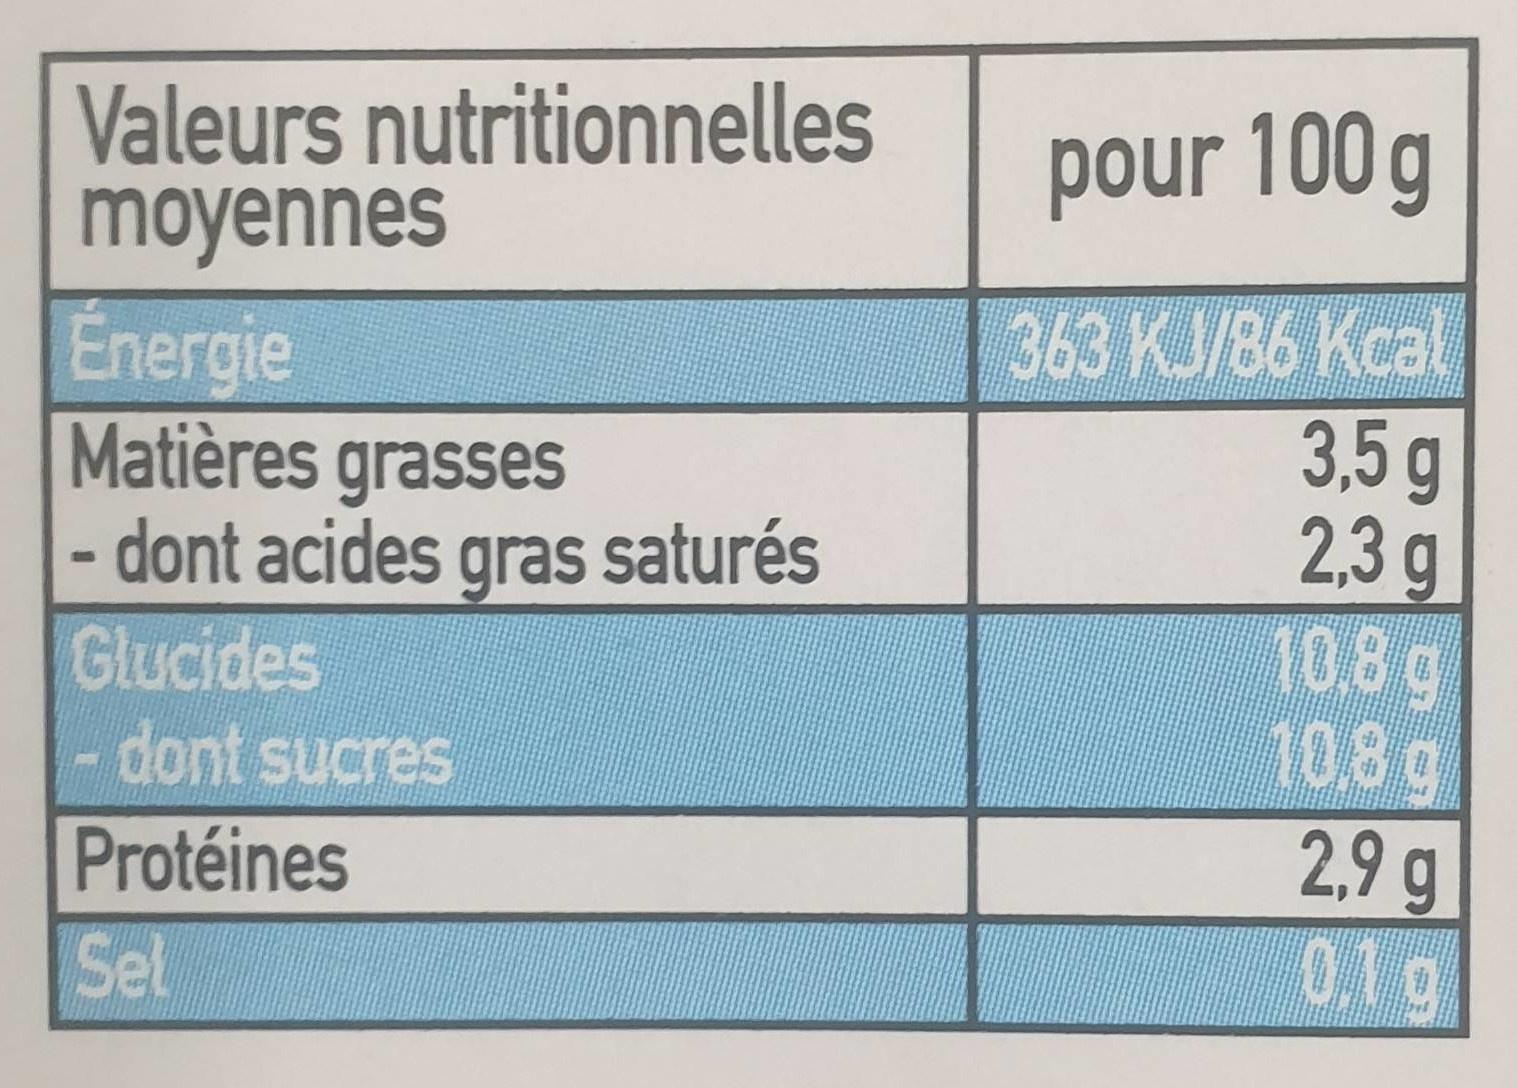
Valeurs nutritionnelles moyennes
pour 100 g
Energie Matières grasses - dont acides gras saturés Glucides dont sucres
363 KJ/86 Kcal 3,5g 2,3 g 10.8g 10,8g 2,9 g 0,1 g
Protéines
Sel